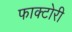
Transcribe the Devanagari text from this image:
फाक्टोरी